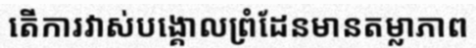
តើការវាស់បង្គោលព្រំដែនមានតម្លាភាព